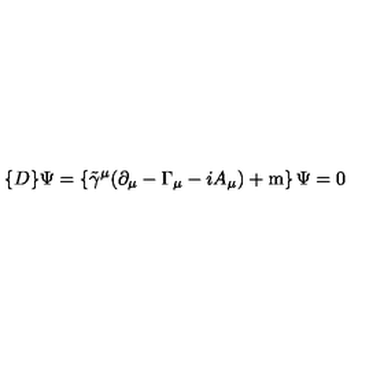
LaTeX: \{ D \} \Psi = \left\{ { \tilde { \gamma } } ^ { \mu } ( \partial _ { \mu } - \Gamma _ { \mu } - i A _ { \mu } ) + \mathrm { m } \right\} \Psi = 0